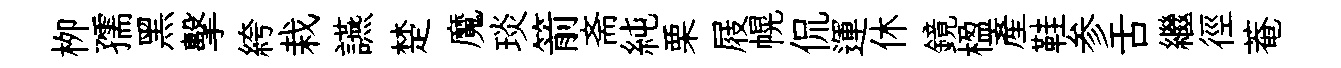
栁孺黑擊絝栽讌楚魔琰箭斋純栗屐幌侃運休鏡楹産鞋参舌繼徑菴